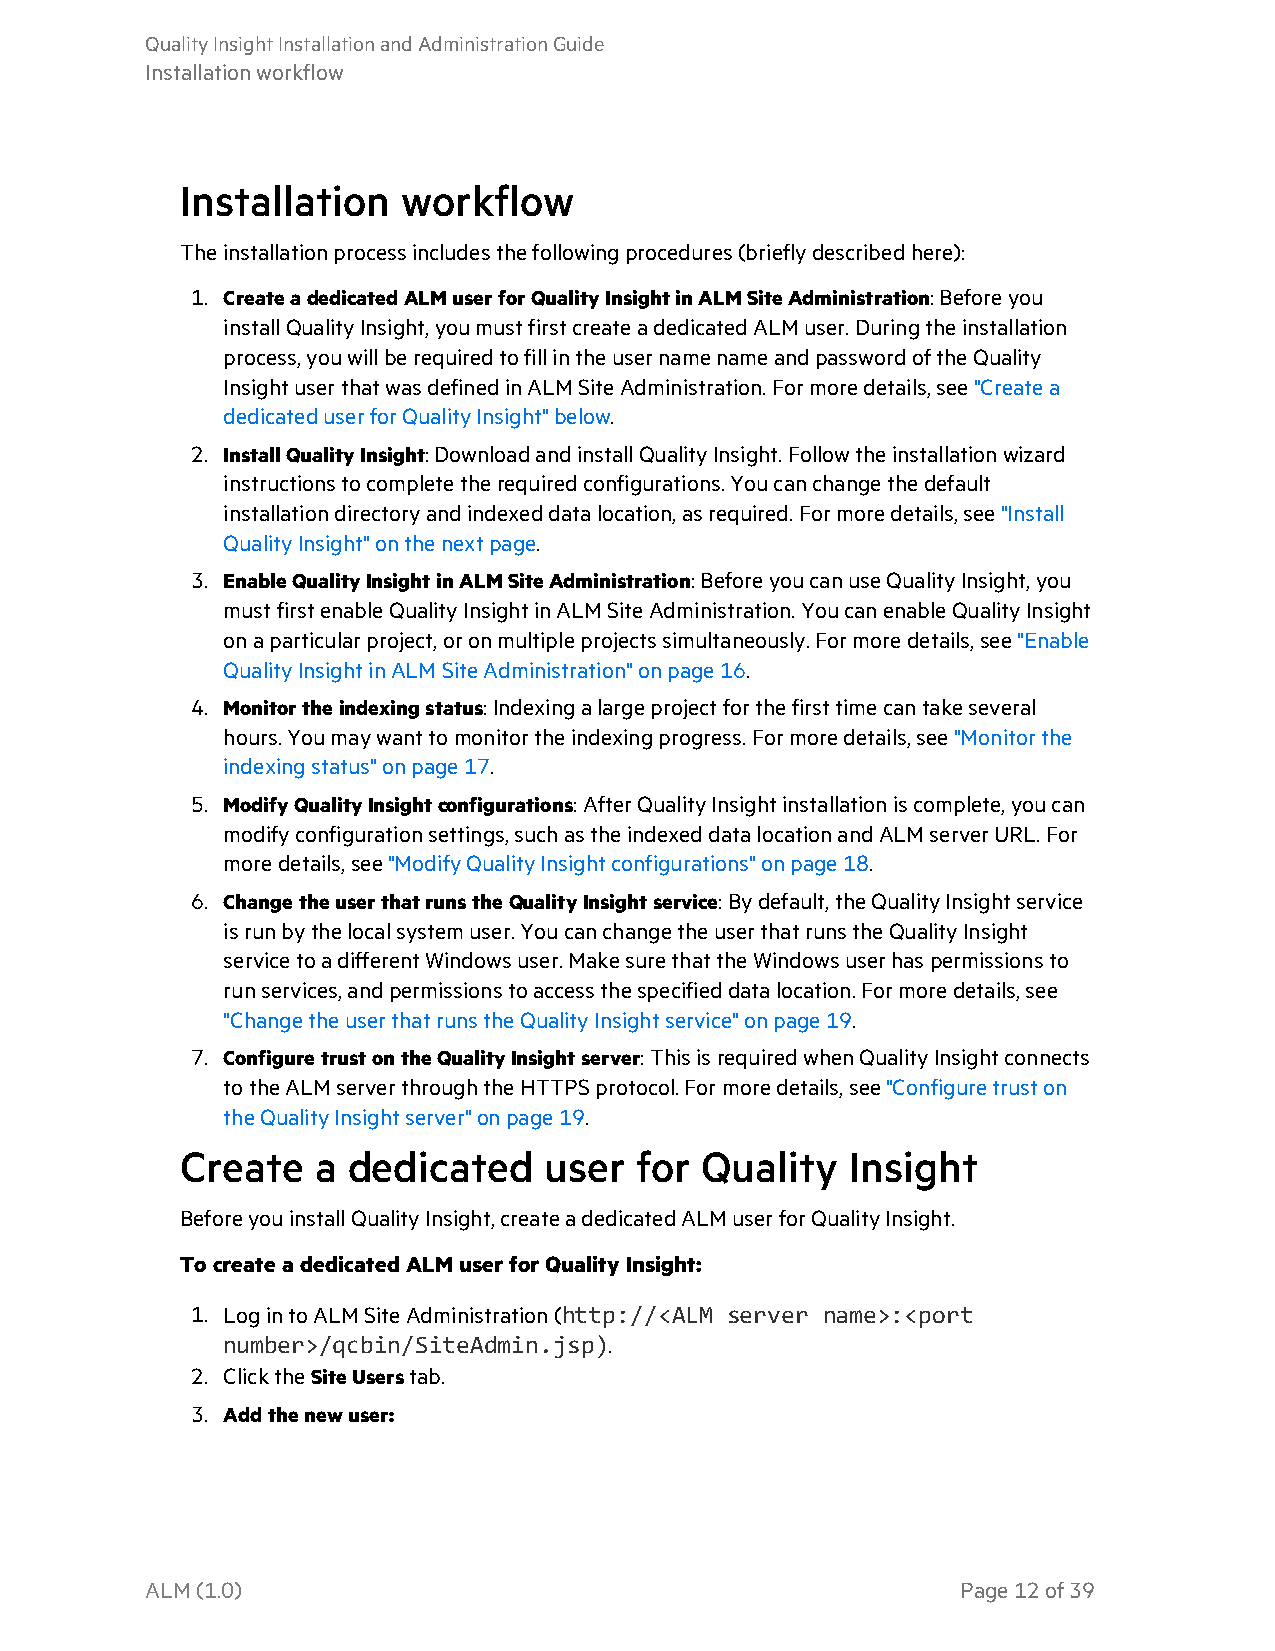
QualityInsightInstallationandAdministrationGuide
 Installationworkflow
 Installation   workflow
 Theinstallationprocessincludesthefollowingprocedures(brieflydescribedhere):
 1. CreateadedicatedALM userforQualityInsightinALM SiteAdministration:Beforeyou
 installQualityInsight,youmustfirstcreateadedicatedALM user.Duringtheinstallation
 process,youwillberequiredtofillintheusernamenameandpasswordoftheQuality
 InsightuserthatwasdefinedinALM SiteAdministration.Formoredetails,see"Createa
 dedicateduserforQualityInsight"below.
 2. InstallQualityInsight: DownloadandinstallQualityInsight.Followtheinstallationwizard
 instructionstocompletetherequiredconfigurations.Youcanchangethedefault
 installationdirectoryandindexeddatalocation,asrequired.Formoredetails,see"Install
 QualityInsight"onthenextpage.
 3. EnableQualityInsightinALM SiteAdministration:BeforeyoucanuseQualityInsight,you
 mustfirstenableQualityInsightinALM SiteAdministration.YoucanenableQualityInsight
 onaparticularproject,oronmultipleprojectssimultaneously.Formoredetails,see"Enable
 QualityInsightinALM SiteAdministration"onpage 16.
 4. Monitortheindexingstatus:Indexingalargeprojectforthefirsttimecantakeseveral
 hours.Youmaywanttomonitortheindexingprogress.Formoredetails,see"Monitorthe
 indexingstatus"onpage 17.
 5. ModifyQualityInsightconfigurations:AfterQualityInsightinstallationiscomplete,youcan
 modifyconfigurationsettings,suchastheindexeddatalocationandALM serverURL.For
 moredetails,see"ModifyQualityInsightconfigurations"onpage 18.
 6. ChangetheuserthatrunstheQualityInsightservice:Bydefault,theQualityInsightservice
 isrunbythelocalsystemuser.YoucanchangetheuserthatrunstheQualityInsight
 servicetoadifferentWindowsuser.MakesurethattheWindowsuserhaspermissionsto
 runservices,andpermissionstoaccessthespecifieddatalocation.Formoredetails,see
 "ChangetheuserthatrunstheQualityInsightservice"onpage 19.
 7. ConfiguretrustontheQualityInsightserver:ThisisrequiredwhenQualityInsightconnects
 totheALM serverthroughtheHTTPSprotocol.Formoredetails,see"Configuretruston
 theQualityInsightserver"onpage 19.
 Create   a dedicated    user  for Quality   Insight
 BeforeyouinstallQualityInsight,createadedicatedALM userforQualityInsight.
 TocreateadedicatedALM userforQualityInsight:
 1. LogintoALMSiteAdministration(http://<ALM server name>:<port
 number>/qcbin/SiteAdmin.jsp).
 2. ClicktheSiteUserstab.
 3. Addthenewuser:
 ALM(1.0)                                              Page12of39